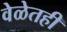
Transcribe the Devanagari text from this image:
वेळेतही